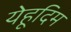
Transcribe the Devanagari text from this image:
येहूदिम